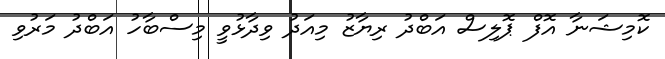
ކޮމިޝަނާ އޮފް ޕޮލިސް އަބްދު ރިޔާޒު މިއަދު ވިދާޅުވީ މިސްބާހު އަބްދު މަރުވި